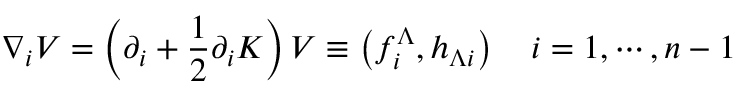
\nabla _ { i } V = \left( \partial _ { i } + { \frac { 1 } { 2 } } \partial _ { i } K \right) V \equiv \left( f _ { i } ^ { \Lambda } , h _ { \Lambda i } \right) \quad i = 1 , \cdots , n - 1